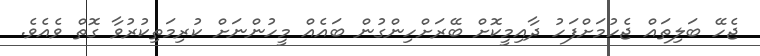
ޖެހޭ ބަލިތައް ޖެހުމަށްފަހު ދާއިމީކޮށް ބޭރަށްހިންގުން ބައެއް މީހުންނަށް ކުރިމަތިކުރުވާ ގޮތް ވެއެވެ.